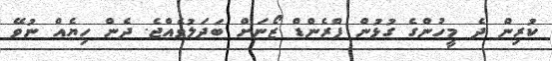
ކުރިން ދެ މީހުންގެ ގުޅުން ފްރެންޑް ޒޯނަށް ބަދަލުވެއްޖެ. ދެން ހިޔެއް ނުވޭ